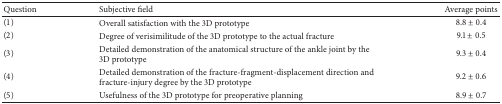
<table><thead><tr><td><b>Question</b></td><td><b>Subjective field</b></td><td><b>Average points</b></td></tr></thead><tbody><tr><td>(1)</td><td>Overall satisfaction with the 3D prototype</td><td>8.8 ± 0.4</td></tr><tr><td>(2)</td><td>Degree of verisimilitude of the 3D prototype to the actual fracture</td><td>9.1 ± 0.5</td></tr><tr><td>(3)</td><td>Detailed demonstration of the anatomical structure of the ankle joint by the 3D prototype</td><td>9.3 ± 0.4</td></tr><tr><td>(4)</td><td>Detailed demonstration of the fracture-fragment-displacement direction and fracture-injury degree by the 3D prototype</td><td>9.2 ± 0.6</td></tr><tr><td>(5)</td><td>Usefulness of the 3D prototype for preoperative planning</td><td>8.9 ± 0.7</td></tr></tbody></table>